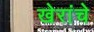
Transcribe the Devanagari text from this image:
खेरांचे